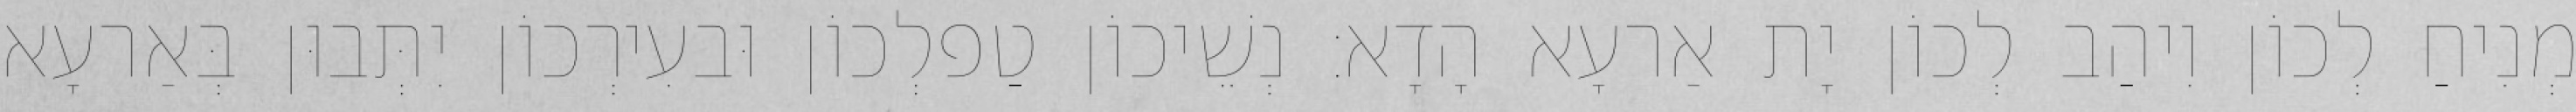
מְנִיחַ לְכוֹן וִיהַב לְכוֹן יָת אַרעָא הָדָא׃ נְשֵׁיכוֹן טַפלְכוֹן וּבעִירְכוֹן יִתְּבוּן בְּאַרעָא